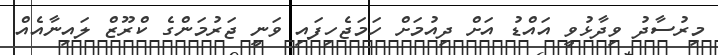
މިރުސާދު ވިދާޅުވީ އައްޑު އަށް ދިއުމަށް ހަމަޖެހިފައި ވަނީ ޖަރުމަންގެ ކްރޫޒް ލައިނާއެއް